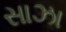
સાઝા